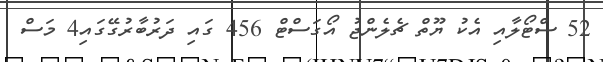
52 ސްޓޯލާއި އެކު ޔޫތް ޗެލެންޖު އޯގަސްޓް 456 ގައި ދަރުބާރުގޭގައި4 މަސް